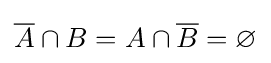
{\overline {A}}\cap B=A\cap {\overline {B}}=\varnothing